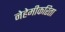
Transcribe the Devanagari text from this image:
नेहेमीकरिता